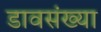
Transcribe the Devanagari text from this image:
डावसंख्या